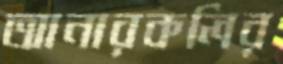
আনারকলির